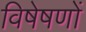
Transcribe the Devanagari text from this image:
विषेषणों